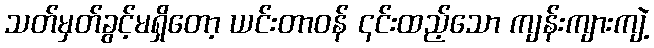
သတ်မှတ်ခွင့်မရှိတော့ ယင်းတာဝန် ၎င်းထည့်သော ကျန်းကျားကျဲ့